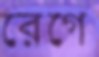
রেগে